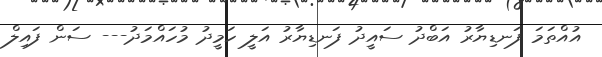
އުއްތަމަ ފަނޑިޔާރު އަބްދު ސައީދު ފަނޑިޔާރު އަލީ ހަމީދު މުހައްމަދު--- ސަން ފައިލް